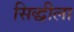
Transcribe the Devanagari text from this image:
सिद्धीला